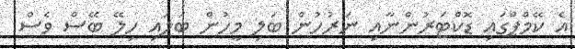
އެ ކޭމްޕްގައި ޑޮކްޓަރުންނާއި ނަރުހުން ބަލި މީހުން ބަލައި ހިލޭ ބޭސް ވެސް